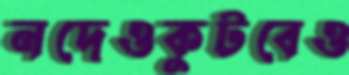
নদেওকুটবেও